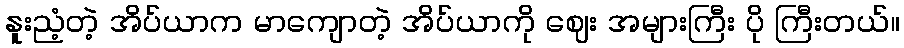
နူးညံ့တဲ့ အိပ်ယာက မာကျောတဲ့ အိပ်ယာကို ဈေး အများကြီး ပို ကြီးတယ်။